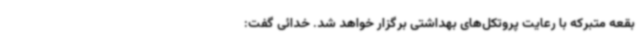
بقعه متبرکه با رعایت پروتکل‌های بهداشتی برگزار خواهد شد. خدائی گفت: